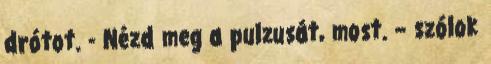
drótot. - Nézd meg a pulzusát, most. – szólok